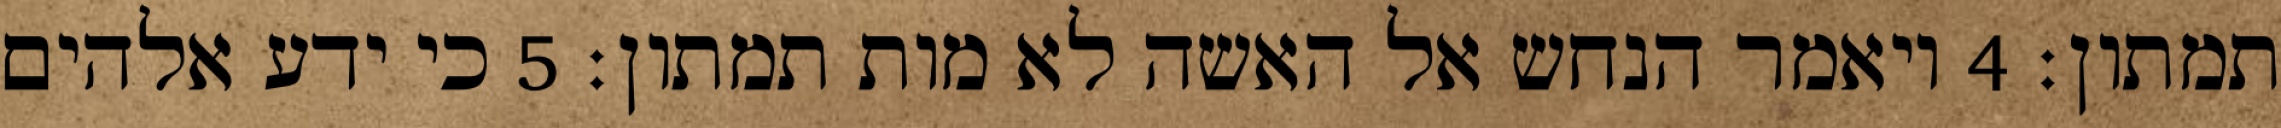
תמתון׃ ‎4‏ ויאמר הנחש אל האשה לא מות תמתון׃ ‎5‏ כי ידע אלהים